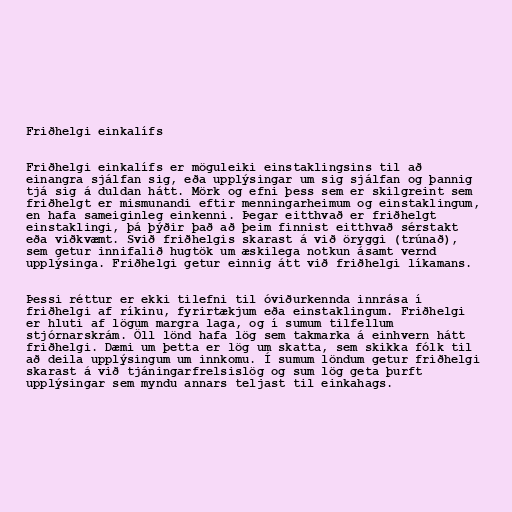
Friðhelgi einkalífs

Friðhelgi einkalífs er möguleiki einstaklingsins til að
einangra sjálfan sig, eða upplýsingar um sig sjálfan og þannig
tjá sig á duldan hátt. Mörk og efni þess sem er skilgreint sem
friðhelgt er mismunandi eftir menningarheimum og einstaklingum,
en hafa sameiginleg einkenni. Þegar eitthvað er friðhelgt
einstaklingi, þá þýðir það að þeim finnist eitthvað sérstakt
eða viðkvæmt. Svið friðhelgis skarast á við öryggi (trúnað),
sem getur innifalið hugtök um æskilega notkun ásamt vernd
upplýsinga. Friðhelgi getur einnig átt við friðhelgi líkamans.

Þessi réttur er ekki tilefni til óviðurkennda innrása í
friðhelgi af ríkinu, fyrirtækjum eða einstaklingum. Friðhelgi
er hluti af lögum margra laga, og í sumum tilfellum
stjórnarskrám. Öll lönd hafa lög sem takmarka á einhvern hátt
friðhelgi. Dæmi um þetta er lög um skatta, sem skikka fólk til
að deila upplýsingum um innkomu. Í sumum löndum getur friðhelgi
skarast á við tjáningarfrelsislög og sum lög geta þurft
upplýsingar sem myndu annars teljast til einkahags.